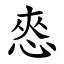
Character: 㤲